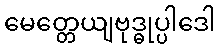
မေတ္တေယျဗုဒ္ဓုပ္ပါဒေါ